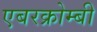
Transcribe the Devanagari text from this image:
एबरक्रोम्बी